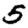
Digit: 5